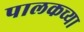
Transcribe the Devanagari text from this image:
पालकच्या